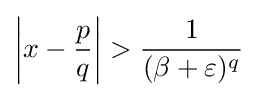
\left|x-{\frac {p}{q}}\right|>{\frac {1}{(\beta +\varepsilon )^{q}}}